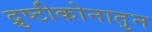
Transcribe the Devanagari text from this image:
द्रुष्टीकोनातुन